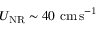
U _ { \mathrm { N R } } \sim 4 0 ~ \mathrm { c m \, s ^ { - 1 } }